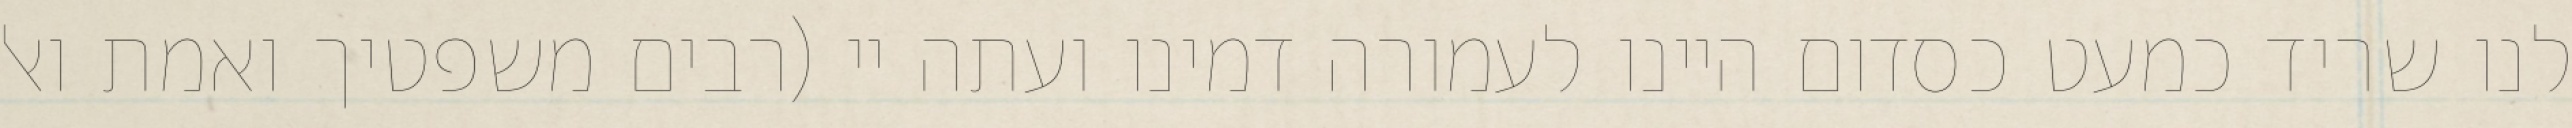
לנו שריד כמעט כסדום היינו לעמורה דמינו ועתה יי (רבים משפטיך ואמת ואל